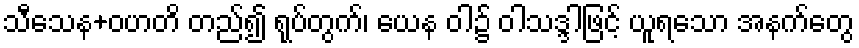
သီသေန+ဝဟတိ တည်၍ ရုပ်တွက်၊ ယေန ဝါ၌ ဝါသဒ္ဒါဖြင့် ယူရသော အနက်တွေ